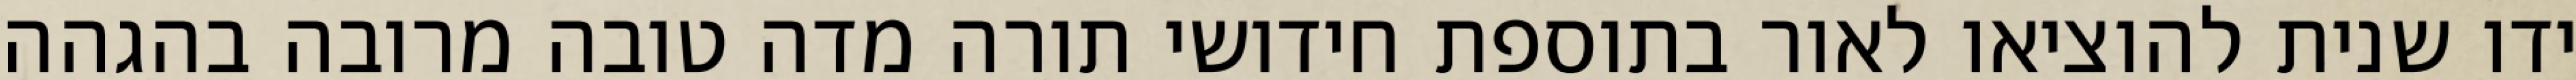
ידו שנית להוציאו לאור בתוספת חידושי תורה מדה טובה מרובה בהגהה